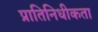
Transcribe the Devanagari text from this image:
प्रातिनिधीकता